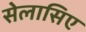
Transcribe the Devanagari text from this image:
सेलासिए